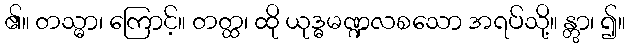
၏။ တသ္မာ၊ ကြောင့်။ တတ္ထ၊ ထို ယုဒ္ဓမဏ္ဍလစသော အရပ်သို့။ န္တွာ၊ ၍။